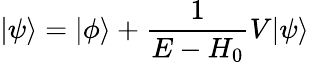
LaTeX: |\psi\rangle=|\phi\rangle+{\frac{1}{E-H_{0}}}V|\psi\rangle